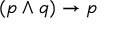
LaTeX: ( p \land q ) \to p